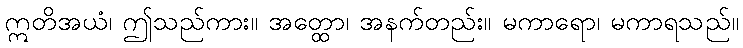
ဣတိအယံ၊ ဤသည်ကား။ အတ္ထော၊ အနက်တည်း။ မကာရော၊ မကာရသည်။